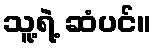
သူ့ရဲ့ ဆံပင်။